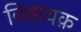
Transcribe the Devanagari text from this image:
विनायक़